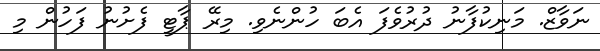
ނަވާޒް. މަނިކުފާނު ދުރުވެފަ އެބަ ހުންނެވި. މިރޭ ޕާޓީ ފެށުނު ފަހުން މި